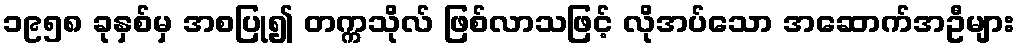
၁၉၅၈ ခုနှစ်မှ အစပြု၍ တက္ကသိုလ် ဖြစ်လာသဖြင့် လိုအပ်သော အဆောက်အဦများ